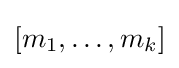
[m_{1},\ldots ,m_{k}]